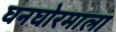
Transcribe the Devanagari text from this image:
घनघोरमाला